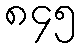
၈၄၅